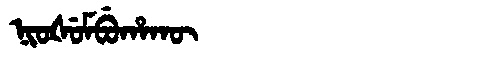
Manchu: ᠨᡳᠣᡧᡠᠮᠪᡠᡥᠠᡴᡡ
Romanization: NIOŠUMBUHAKŪ